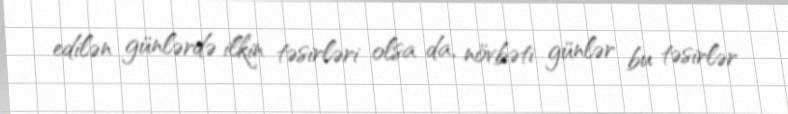
edilən günlərdə ilkin təsirləri olsa da, növbəti günlər bu təsirlər